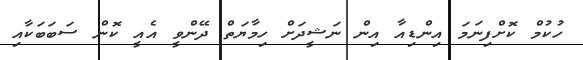
ހުކުމް ކޮށްފިނަމަ އިންޑިއާ އިން ނަޝީދަށް ހިމާޔަތް ދޭންވީ އެއީ ކޮން ސަބަބަކާއި